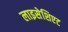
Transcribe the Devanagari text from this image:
लाइसेशिएट